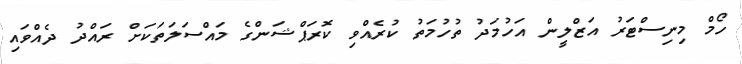
ހޯމް މިނިސްޓަރު އަޒްލީން އަހުމަދު ތުހުމަތު ކުރެއްވި ކޮރަޕްޝަންގެ މައްސަލަތަކަށް ރައްދު ދެއްވައި